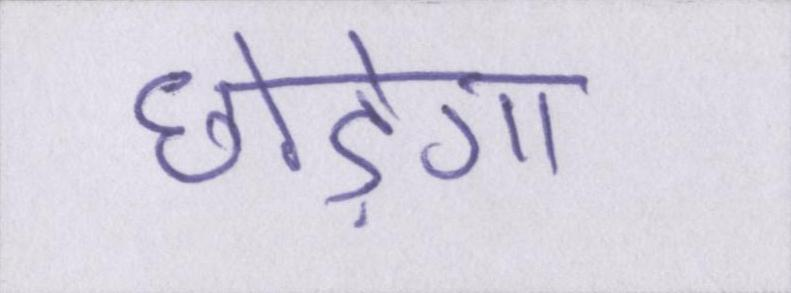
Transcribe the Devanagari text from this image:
छोड़ेगा